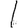
Digit: 1